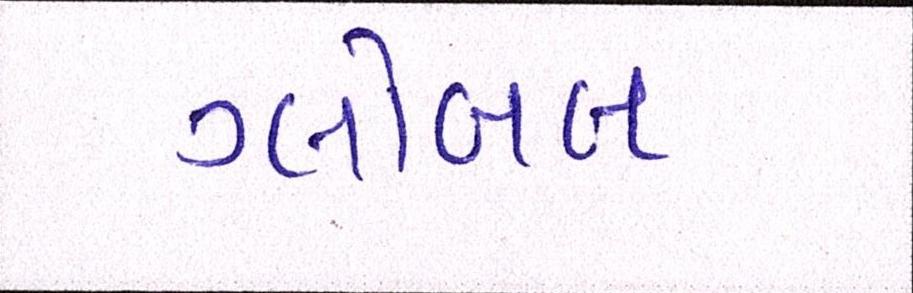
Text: ગ્લોબલ